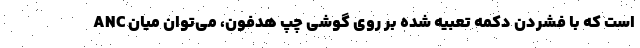
ANC است که با فشردن دکمه تعبیه شده بر روی گوشی چپ هدفون، می‌توان میان